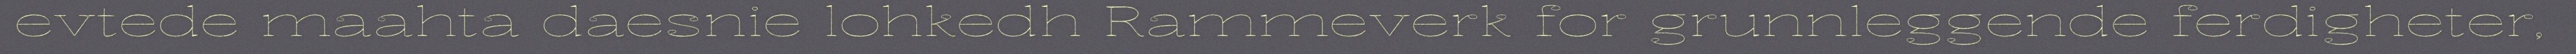
evtede maahta daesnie lohkedh Rammeverk for grunnleggende ferdigheter,